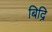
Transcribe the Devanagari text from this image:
बिद्रि